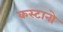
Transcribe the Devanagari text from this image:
कस्टानो